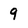
Character: 9